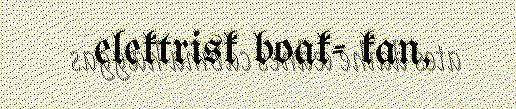
elektrisk boak- kan,